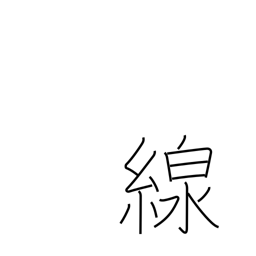
Meaning: line